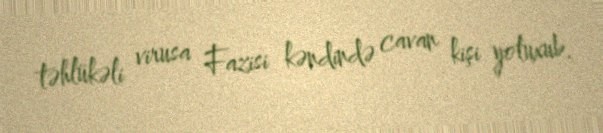
təhlükəli virusa Fazisi kəndində cavan kişi yoluxub.